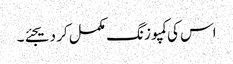
اس کی کمپوزنگ مکمل کر دیجئے۔